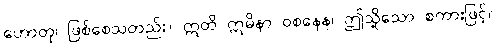
ဟောတု၊ ဖြစ်စေသတည်း။ ဣတိ ဣမိနာ ဝစနေန၊ ဤသို့သော စကားဖြင့်။